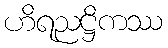
ဟိရညဋ္ဌိကဿ